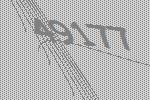
49177